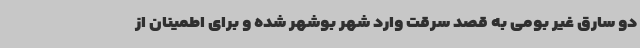
دو سارق غیر بومی به قصد سرقت وارد شهر بوشهر شده و برای اطمینان از